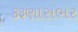
કરૂણાસભર